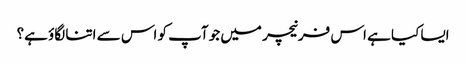
ایسا کیا ہے اس فرنیچر میں جو آپ کو اس سے اتنا لگاؤ ہے؟